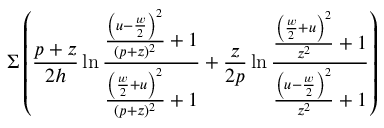
\Sigma \left( \frac { p + z } { 2 h } \ln \frac { \frac { \left( u - \frac { w } { 2 } \right) ^ { 2 } } { ( p + z ) ^ { 2 } } + 1 } { \frac { \left( \frac { w } { 2 } + u \right) ^ { 2 } } { ( p + z ) ^ { 2 } } + 1 } + \frac { z } { 2 p } \ln \frac { \frac { \left( \frac { w } { 2 } + u \right) ^ { 2 } } { z ^ { 2 } } + 1 } { \frac { \left( u - \frac { w } { 2 } \right) ^ { 2 } } { z ^ { 2 } } + 1 } \right)